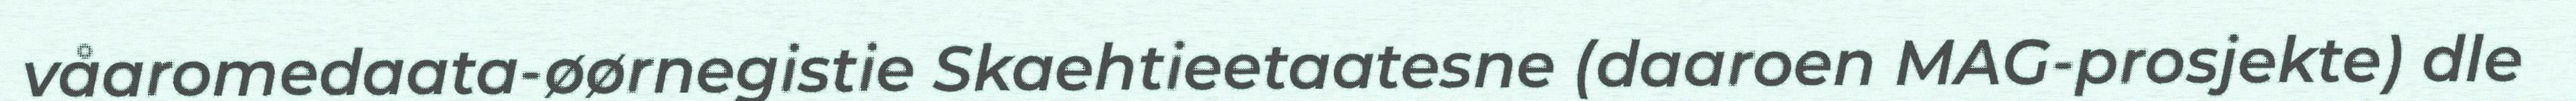
våaromedaata-øørnegistie Skaehtieetaatesne (daaroen MAG-prosjekte) dle